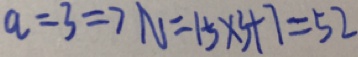
a = 3 = 7 N = 1 5 \times 3 + 7 = 5 2